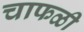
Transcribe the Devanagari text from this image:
चाफळी